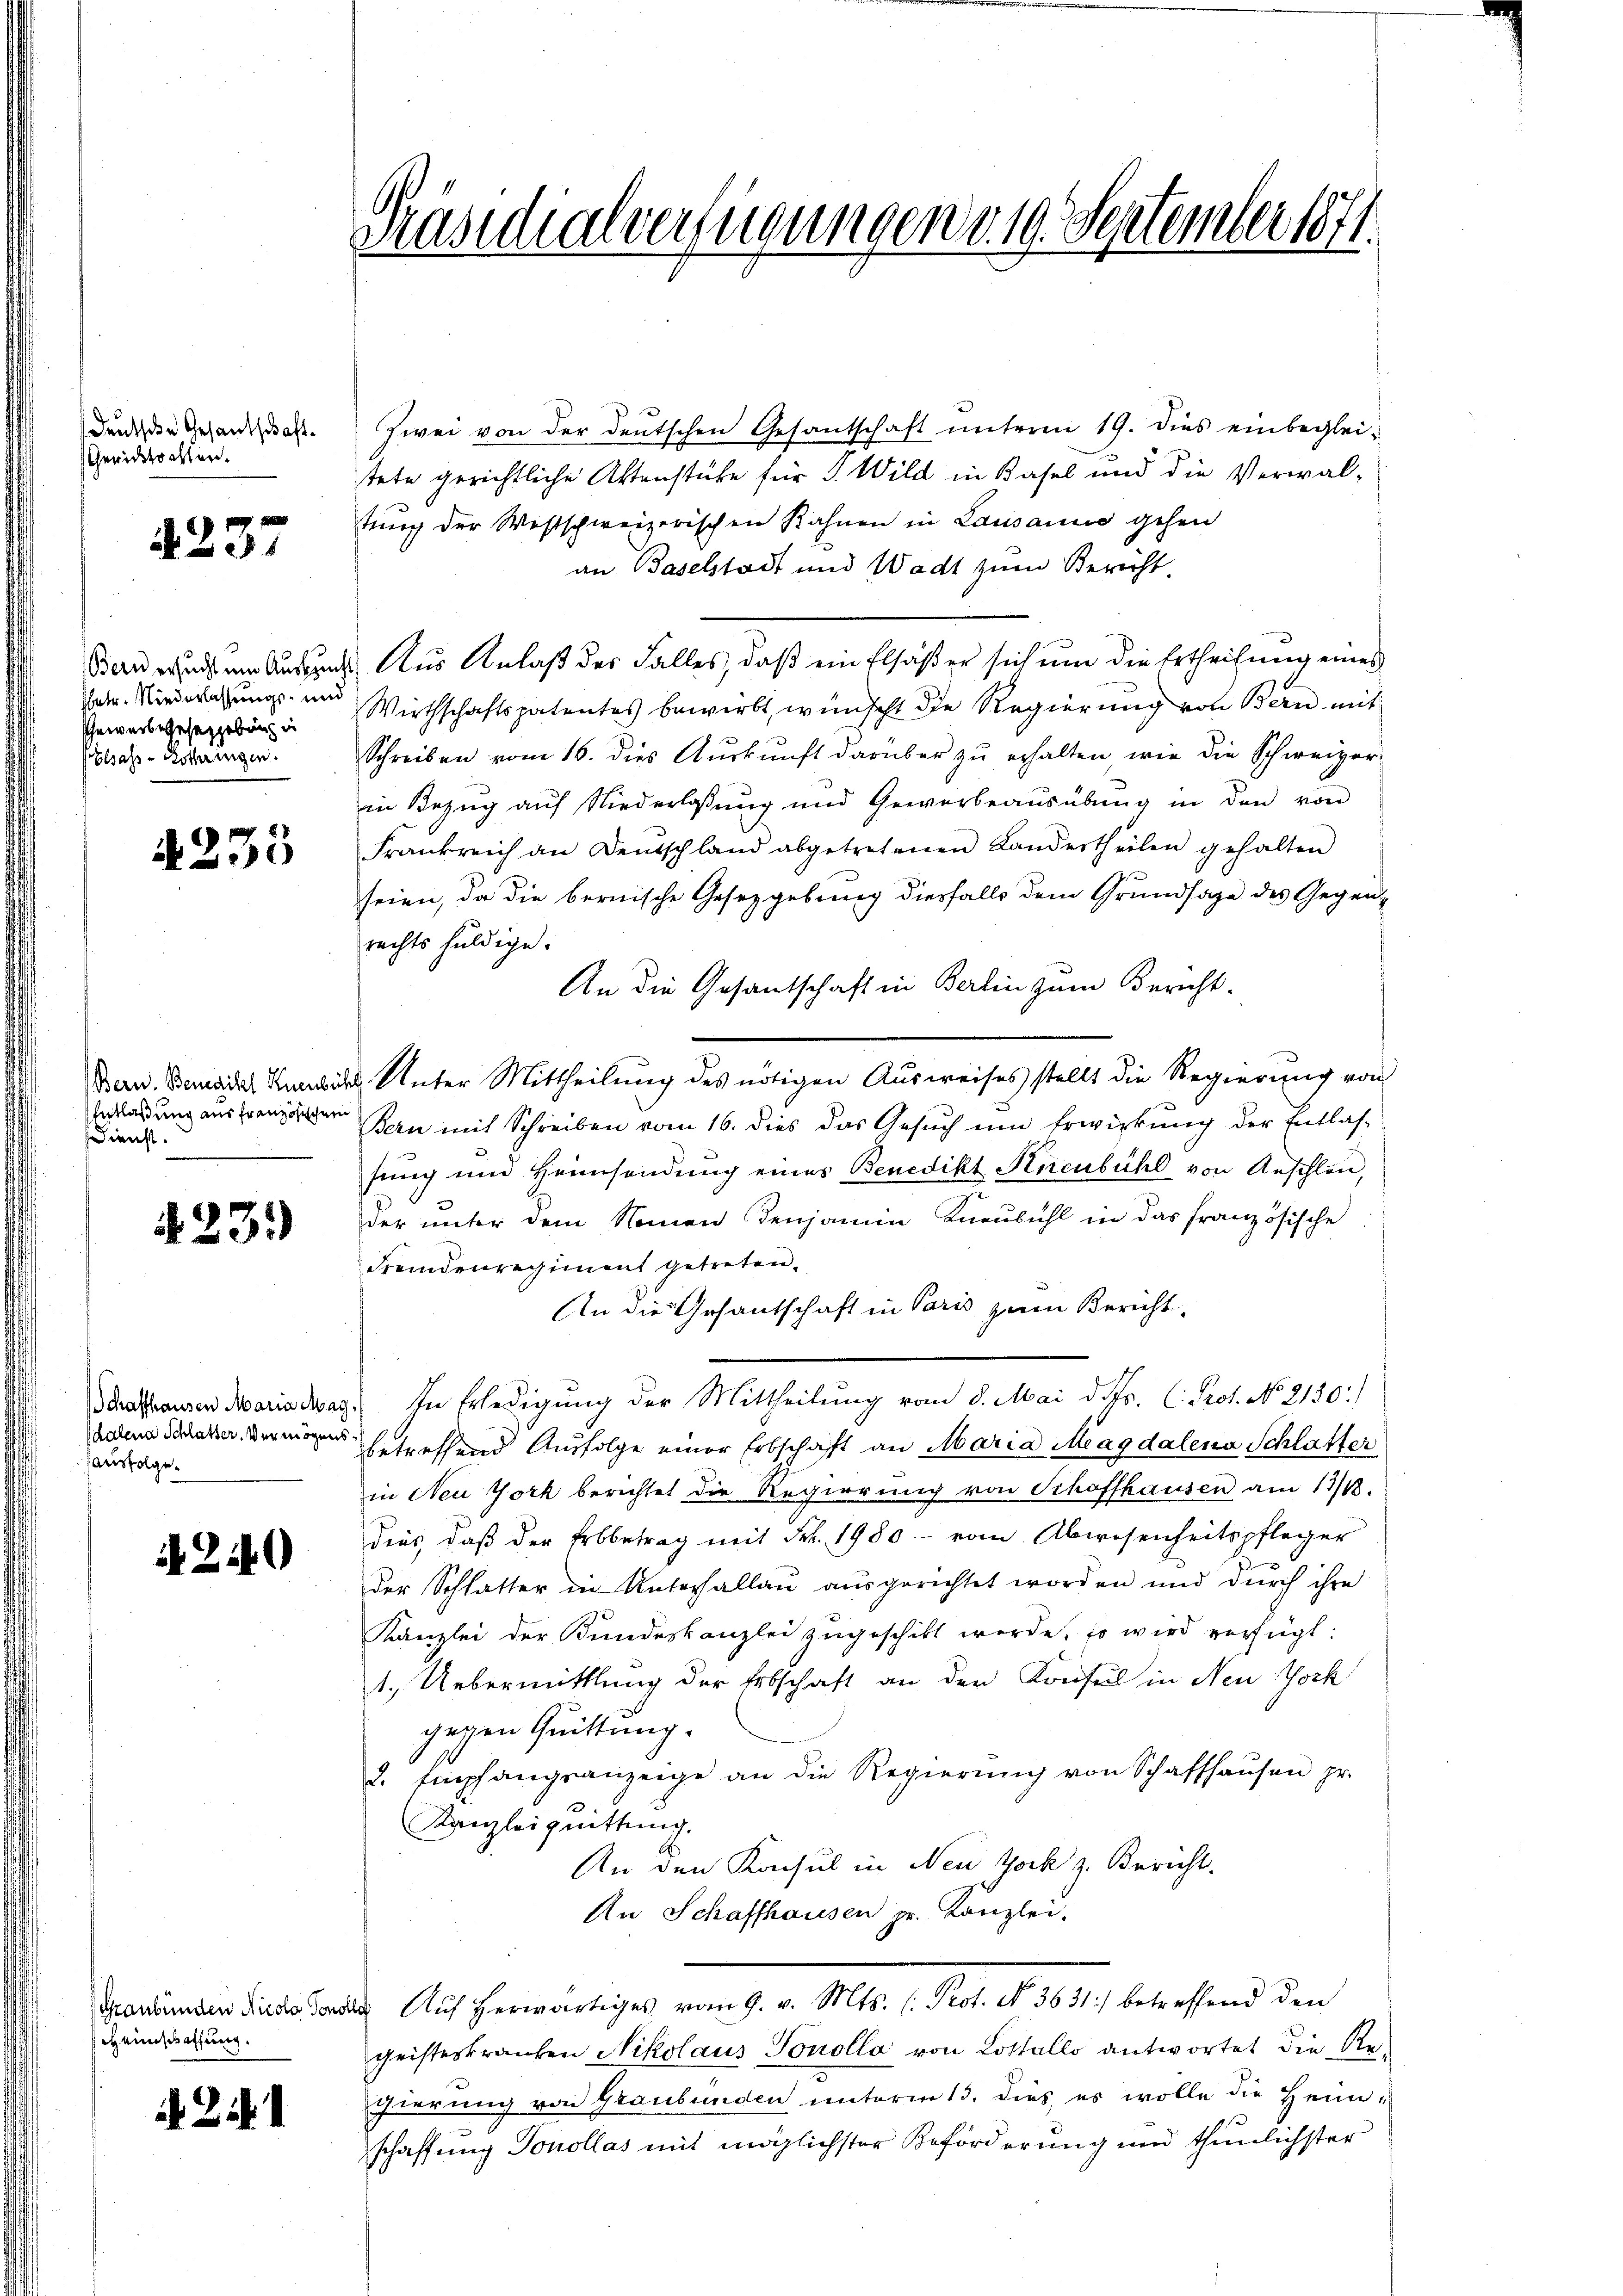
deutsche Gesandschaft
Gerichtsalten.

4237

Bern ersucht um Auskunft
hetr. Niederlassungs- und
Gewerbsgesetzgebung in
Elsass-Lothringen.

4235

Bern. Benedikt Ruenbuchh
Entlaßung aus französischen
Dienst.

23.)

Salena Schlatter. Vermögensfausfolge.

240

heinschaffung.

Präsidialverfügungen v. 19. September 1871.

Zwei von der deutschen Gesantschaft unterm 19. dies einbeglei-
tete gerichtliche Aktenstüke für P. Wild in Basel und die Verwalstung der Westschweizerischen Kahnen in Lausanne gehen
an Baselstadt und Wadt zum Bericht.
Aus Anlaß des Falles, daß ein Elsaß er sich um die Ertheilung eines
Wirthschaftspatentes bewirkt, wünscht die Regierung von Bern mit
Schreiben vom 16. dies Aŭskŭnft darüber zŭ erhalten, wie die Schweizer-
in Bezug auf Niederlassung und Gewerbeaŭsübŭng in den von
Frankreich an Deutschland abgetretenen Landertheilen gehalten
seien, da die bernische Gesetzgebung diesfalls dem Grundsage des Gegenrechts huldige.
An die Gesantschaft in Berlin zum Bericht.
u. Unter Mittheilung des nötigen Ausweises stellt die Regierung von
Bern mit Schreiben vom 16. dies das Gesŭch um Erwirkung der Entlas-
sung und Heimsendung eines Benedikt Anenbühl von Anschlen,
der unter dem Namen denjamin Kneubühl in das französische
Fremdenregiment getreten.
An die Gesantschaft in Paris zum Bericht,
Schaffhausen Marin dar. In Erledigung der Mittheilung vom 8. Mai d. Mr. C. Prot. No. 2130:
betreffend Ausfolge einer Erbschaft an Maria Magdalena Schlatter
in Neu York berichtet die Regierung von Schaffhausen am 13/4.
dies, daß der Erbbetrag mit Frk. 1980 - vom Abwesenheitspfleger
der Schlatter in Unterhallau ausgerichtet worden und durch ihre
Kanzlei der Bundeskanzlei zugeschikt werde, so wird verfügt:
1. Uebermittlung der Erbschaft an den Konsul in Neu Joch
gegen Quittung.
2. Empfangsanzeige an die Regierŭng von Schaffhaŭsen pr.
Kanzlei quittung.
An den Konsul in Neu York z. Bericht.
An Schaffhausen pr. Kanzlei-
Graubünden Diese Forden Auf herwärtiges vom 9. v. Mts. l. Prot. No. 3631) betreffend den
geisteskranken Nikolaus Tonolla von Lostallo antwortet die Regierung von Graubünden unterm 15. dies, es wolle die Heimschaffung Tonollas mit möglichster Beförderung und thunlichster